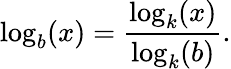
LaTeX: \log_{b}(x)={\frac{\log_{k}(x)}{\log_{k}(b)}}.